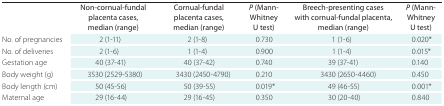
|  | Non-cornual-fundal placenta cases, median (range) | Cornual-fundal placenta cases, median (range) | P (Mann- Whitney U test) | Breech-presenting cases with cornual-fundal placenta, median (range) | P (Mann- Whitney U test) |
 | --- | --- | --- | --- | --- | --- |
 | No. of pregnancies | 2 (1-11) | 2 (1-8) | 0.730 | 1 (1-6) | 0.020* |
 | No. of deliveries | 2 (1-6) | 1 (1-4) | 0.900 | 1 (1-4) | 0.015* |
 | Gestation age | 40 (37-41) | 40 (37-42) | 0.740 | 39 (37-41) | 0.140 |
 | Body weight (g) | 3530 (2529-5380) | 3430 (2450-4790) | 0.210 | 3430 (2650-4460) | 0.450 |
 | Body length (cm) | 50 (45-56) | 50 (39-55) | 0.019* | 49 (46-55) | 0.001* |
 | Maternal age | 29 (16-44) | 29 (16-45) | 0.350 | 30 (20-40) | 0.840 |